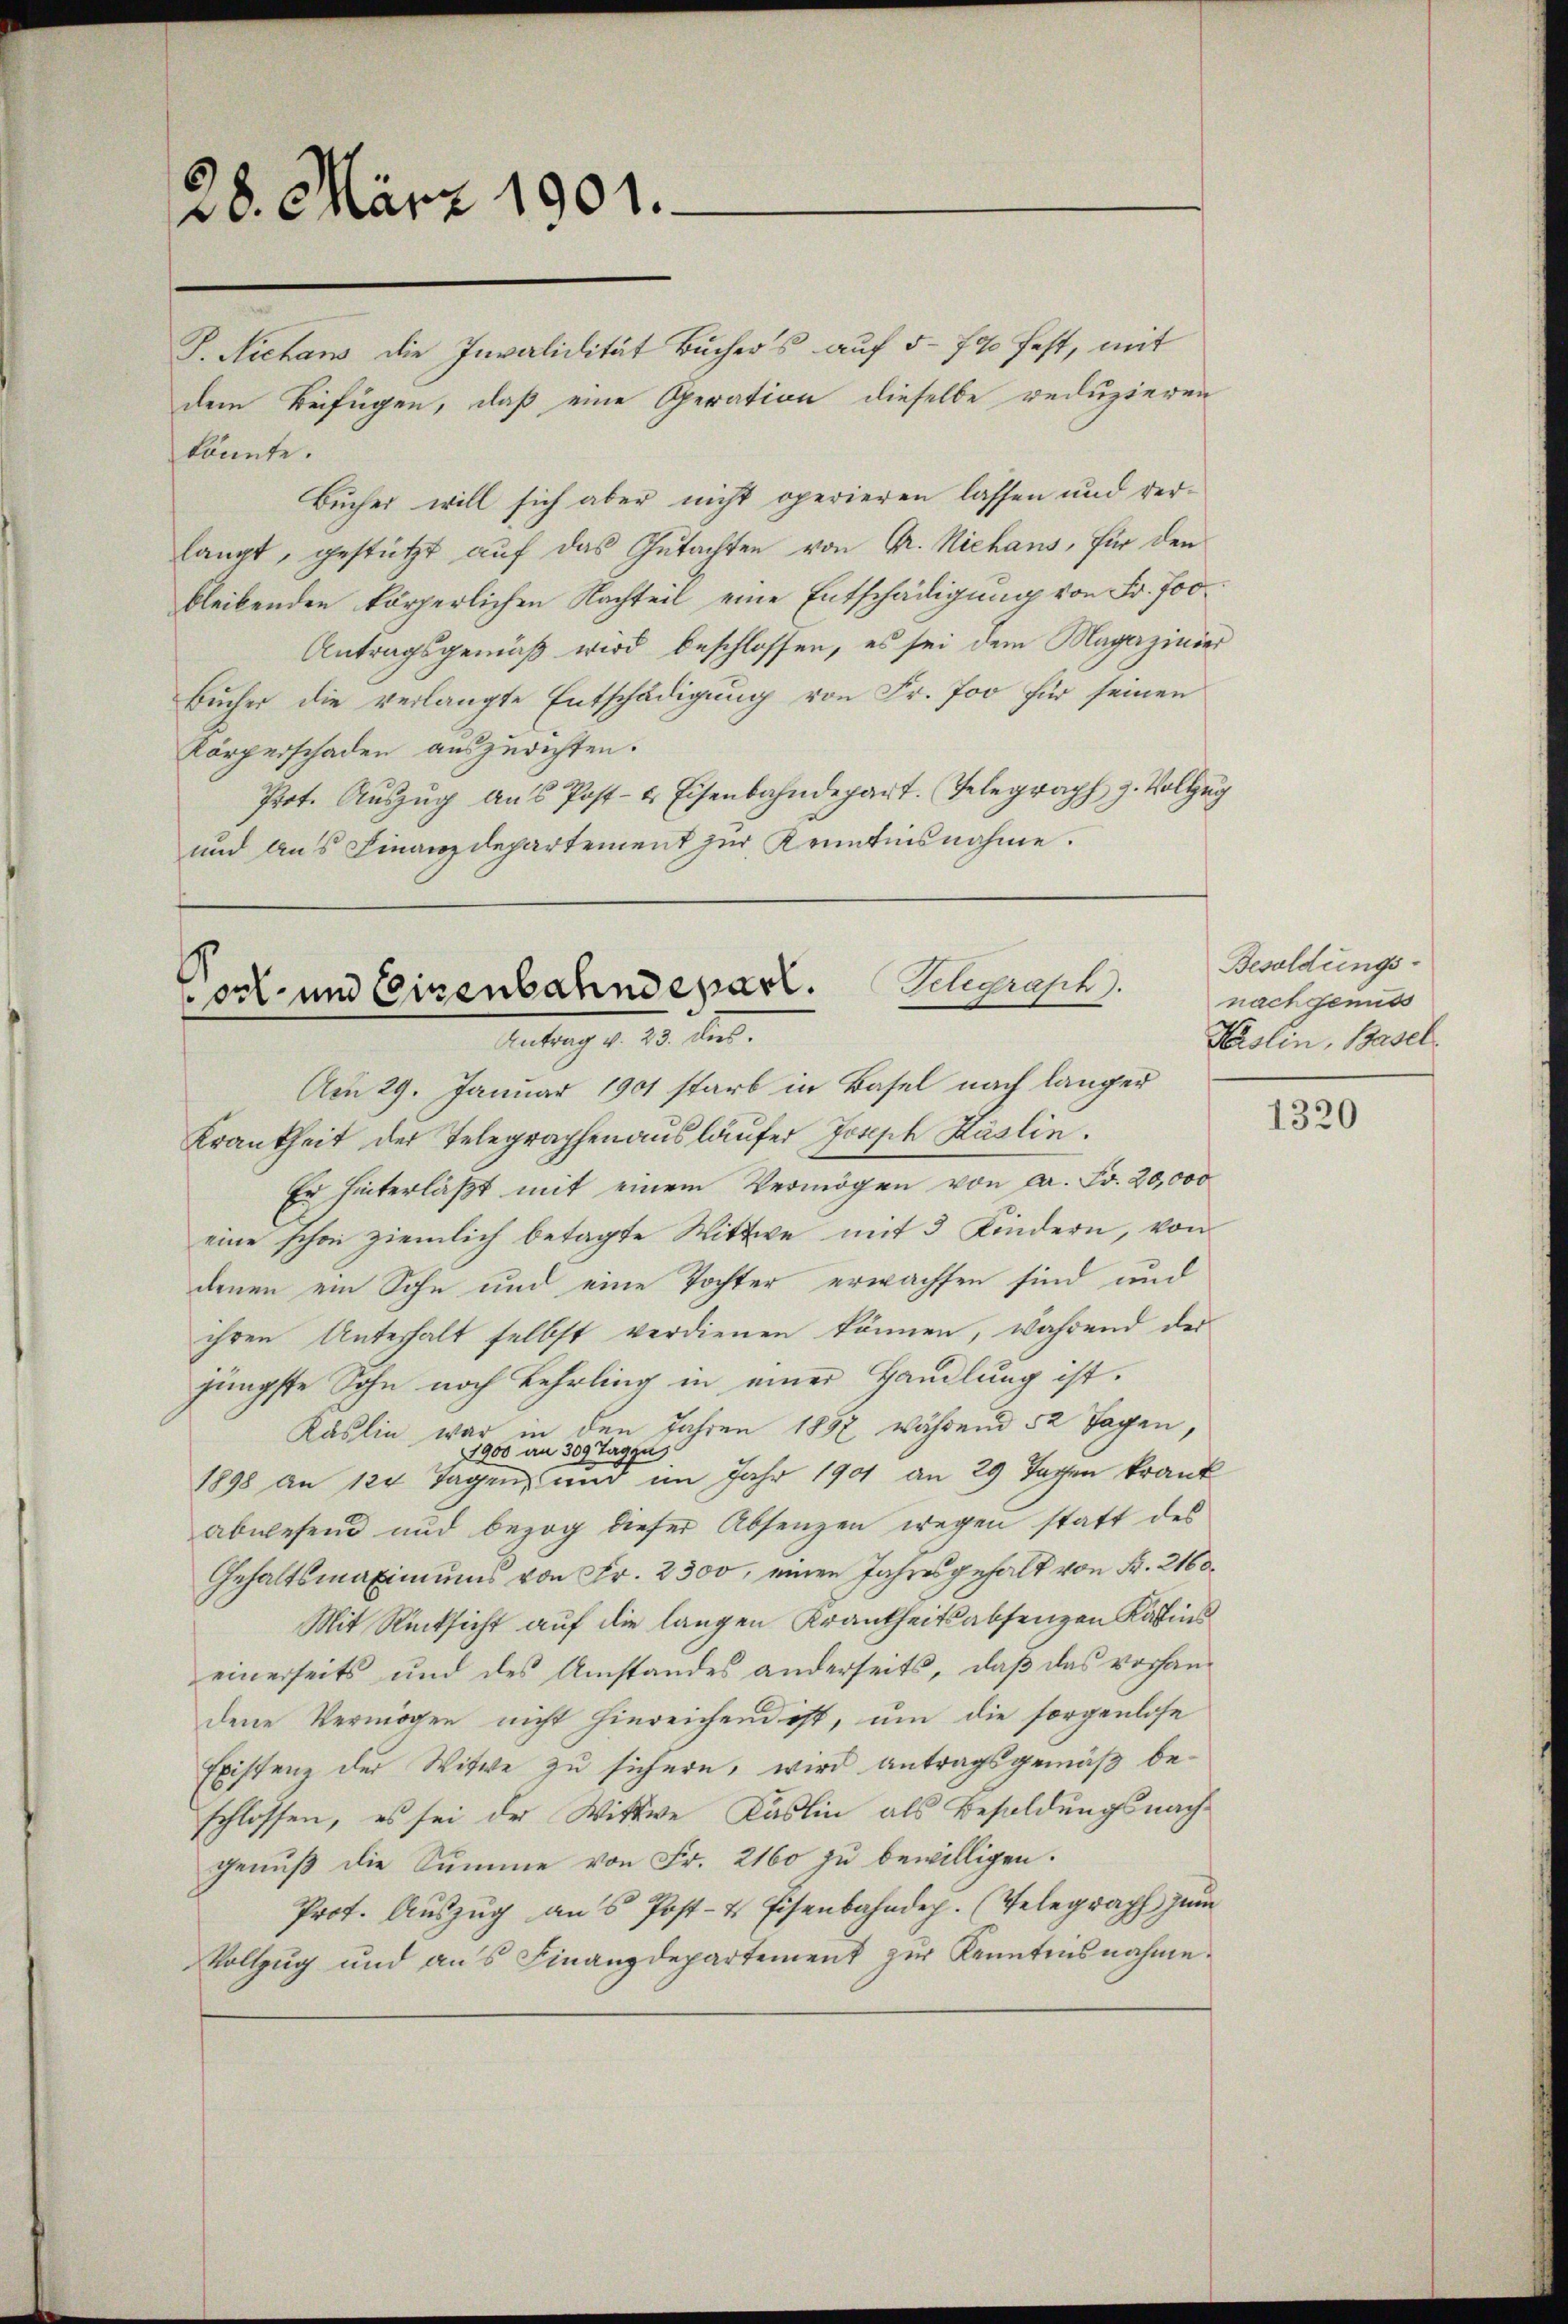
28. März 1901.

J. Nichaus die Invalidität Buchers auf 5-700 fest, mit
dem Beifügen, daß eine Operation dieselbe reduzieren
könnte.
Bücher will sich aber nicht operieren lassen und verlangt, gestützt auf das Gutachten von Gr. Niehans, für den
bleibenden körperlichen Nachteil eine Entschädigung von Fr. 700
Antragsgemäß wird beschlossen, es sei dem Magazinier
Bucher die verlangte Entschädigung von Fr. Joo für seinen
Körperschaden auszurichten.
Prot. Aŭszŭg ans Post- & Eisenbahndepart. (Telegraph g. Vollzug
und aus Finanzdepartement zur Kenntnisnahme.

ort- und Eisenbahndepart. Schgraph
Antrag v. 23. dus.
Am 29. Januar 1901 starb in Basel nach länger

Krankheit der Telegraphen ausläufer Joseph Käslin.
Er hinterläßt mit einem Vermögen von A. Fr. 20,000
eine schon ziemlich betagte Wittwe mit 3 Kindern, von
denen ein Sohn und eine Tochter erwachsen sind und
ihren Unterhalt selbst verdienen können, während der
jüngste Sohn noch Lehrling in einer Handlung ist.
Käslin war in den Jahren 1857 während 52 Tagen,
1900 an 309 Tag zu
1898 an 124 Tagen, und im Jahr 1901 an 29 Tagen krank
abwesend und bezog dieser Absenzen wegen statt des
Gehaltsmaximums von Fr. 2300, einen Jahresgehalt von Fr. 2160
Mit Rücksicht auf die langen Krankheitsabsenzen Katins
einerseits und des Umstandes anderseits, daß das vorhandene Vermögen nicht hinreichend ist, um die sorgenlose
Existenz der Witwe zu sichern, wird antragsgemäß beschlossen, es sei der Wittwe Kaslin als Besoldungsnachgenuß die Summe von Fr. 2160 zu bewilligen.
Prot. Auszug ans Post- & Eisenbahndep. (Telegraph zum
Vollzug und aus Finanzdepartement zur Kenntensnahme.

Besoldungs-
nachgenuss
Häslin, Basel

1320